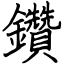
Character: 鑽